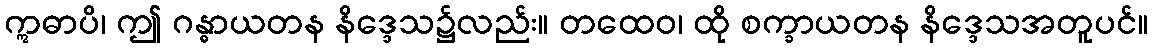
ဣဓာပိ၊ ဤ ဂန္ဓာယတန နိဒ္ဒေသ၌လည်း။ တထေဝ၊ ထို စက္ခာယတန နိဒ္ဒေသအတူပင်။